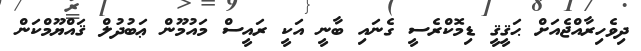
ދިވެހިރާއްޖެއަށް ޙަޤީޤީ ޑިމޮކްރެސީ ގެނައި ބާނީ އަކީ ރައީސް މައުމޫން ޢަބުދުލް ޤައްޔޫމްކަން